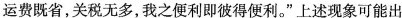
运费既省，关税无多，我之便利即彼得便利。”上述现象可能出